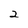
Character: 2